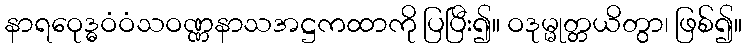
နာရဝေုဒ္ဓဝံဝံသဝဏ္ဏနာသအဋ္ဌကထာကို ပြပြီး၍။ ဝဒုမ္မုတ္တယိတွာ၊ ဖြစ်၍။